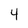
Character: 4